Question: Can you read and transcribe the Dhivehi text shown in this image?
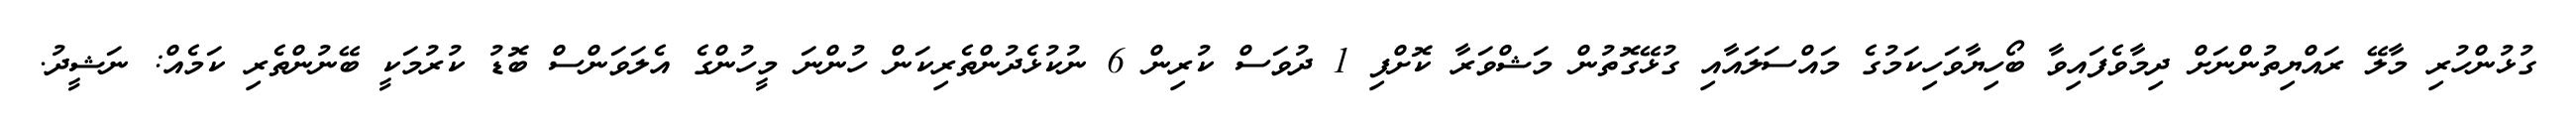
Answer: ގުޅުންހުރި މާލޭ ރައްޔިތުންނަށް ދިމާވެފައިވާ ބޯހިޔާވަހިކަމުގެ މައްސަލައާއި ގުޅޭގޮތުން މަޝްވަރާ ކޮށްފި 1 ދުވަސް ކުރިން 6 ނުކުޅެދުންތެރިކަން ހުންނަ މީހުންގެ އެލަވަންސް ބޮޑު ކުރުމަކީ ބޭނުންތެރި ކަމެއް: ނަޝީދު.